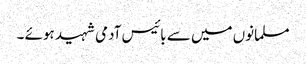
مسلمانوں میں سے بائیس آدمی شہید ہوئے ۔